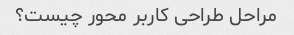
مراحل طراحی کاربر محور چیست؟